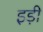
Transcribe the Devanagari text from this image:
इड़ी